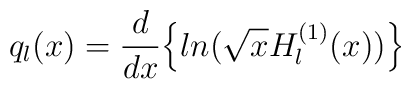
q_{l}(x)=\frac{d}{dx}\Bigl\{ln(\sqrt{x}H^{(1)}_{l}(x))\Bigl\}